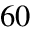
6 0